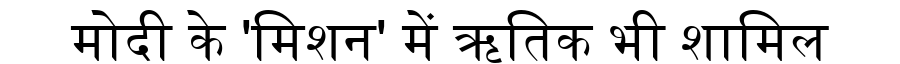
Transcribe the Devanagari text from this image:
मोदी के 'मिशन' में ऋतिक भी शामिल